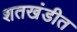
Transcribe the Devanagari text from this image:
शतखंडीत